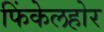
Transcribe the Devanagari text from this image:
फिंकेलहोर